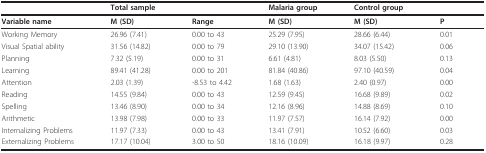
<table><thead><tr><td></td><td><b>Total sample</b></td><td></td><td><b>Malaria group</b></td><td><b>Control group</b></td><td></td></tr></thead><tbody><tr><td><b>Variable name</b></td><td><b>M (SD)</b></td><td><b>Range</b></td><td><b>M (SD)</b></td><td><b>M (SD)</b></td><td><b>P</b></td></tr><tr><td>Working Memory</td><td>26.96 (7.41)</td><td>0.00 to 43</td><td>25.29 (7.95)</td><td>28.66 (6.44)</td><td>0.01</td></tr><tr><td>Visual Spatial ability</td><td>31.56 (14.82)</td><td>0.00 to 79</td><td>29.10 (13.90)</td><td>34.07 (15.42)</td><td>0.06</td></tr><tr><td>Planning</td><td>7.32 (5.19)</td><td>0.00 to 31</td><td>6.61 (4.81)</td><td>8.03 (5.50)</td><td>0.13</td></tr><tr><td>Learning</td><td>89.41 (41.28)</td><td>0.00 to 201</td><td>81.84 (40.86)</td><td>97.10 (40.59)</td><td>0.04</td></tr><tr><td>Attention</td><td>2.03 (1.39)</td><td>-8.53 to 4.42</td><td>1.68 (1.63)</td><td>2.40 (0.97)</td><td>0.00</td></tr><tr><td>Reading</td><td>14.55 (9.84)</td><td>0.00 to 43</td><td>12.59 (9.45)</td><td>16.68 (9.89)</td><td>0.02</td></tr><tr><td>Spelling</td><td>13.46 (8.90)</td><td>0.00 to 34</td><td>12.16 (8.96)</td><td>14.88 (8.69)</td><td>0.10</td></tr><tr><td>Arithmetic</td><td>13.98 (7.98)</td><td>0.00 to 33</td><td>11.97 (7.57)</td><td>16.14 (7.92)</td><td>0.00</td></tr><tr><td>Internalizing Problems</td><td>11.97 (7.33)</td><td>0.00 to 43</td><td>13.41 (7.91)</td><td>10.52 (6.60)</td><td>0.03</td></tr><tr><td>Externalizing Problems</td><td>17.17 (10.04)</td><td>3.00 to 50</td><td>18.16 (10.09)</td><td>16.18 (9.97)</td><td>0.28</td></tr></tbody></table>